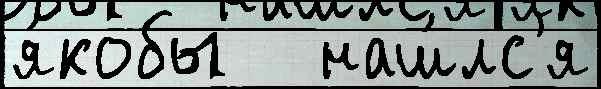
я́кобы   наш́лс'я